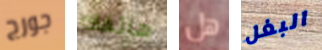
جورج هاتفك هل البغل